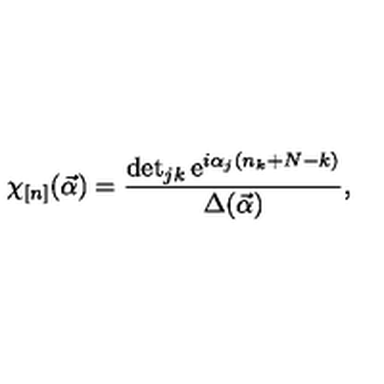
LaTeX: \chi _ { [ n ] } ( \vec { \alpha } ) = \frac { \det _ { j k } \mathrm { e } ^ { i \alpha _ { j } ( n _ { k } + N - k ) } } { \Delta ( \vec { \alpha } ) } ,